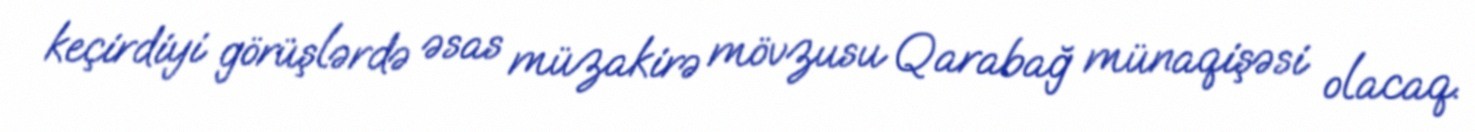
keçirdiyi görüşlərdə əsas müzakirə mövzusu Qarabağ münaqişəsi olacaq.